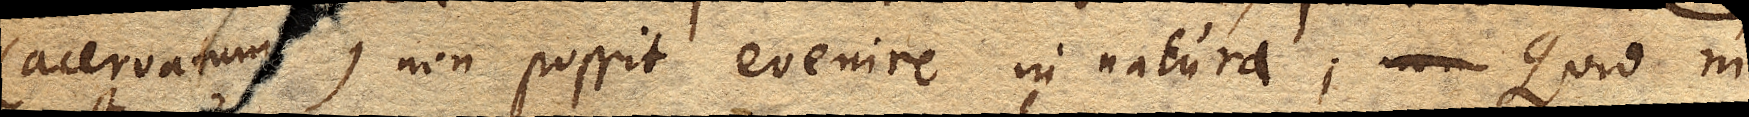
(acervatum) non possit evenire in natura. Quidni